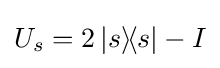
U_{s}=2\left|s\right\rangle \!\!\left\langle s\right|-I